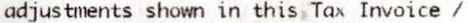
ADJUSTMENTS SHOWN IN THIS TAX INVOICE /